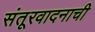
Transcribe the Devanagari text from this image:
संतूरवादनाची